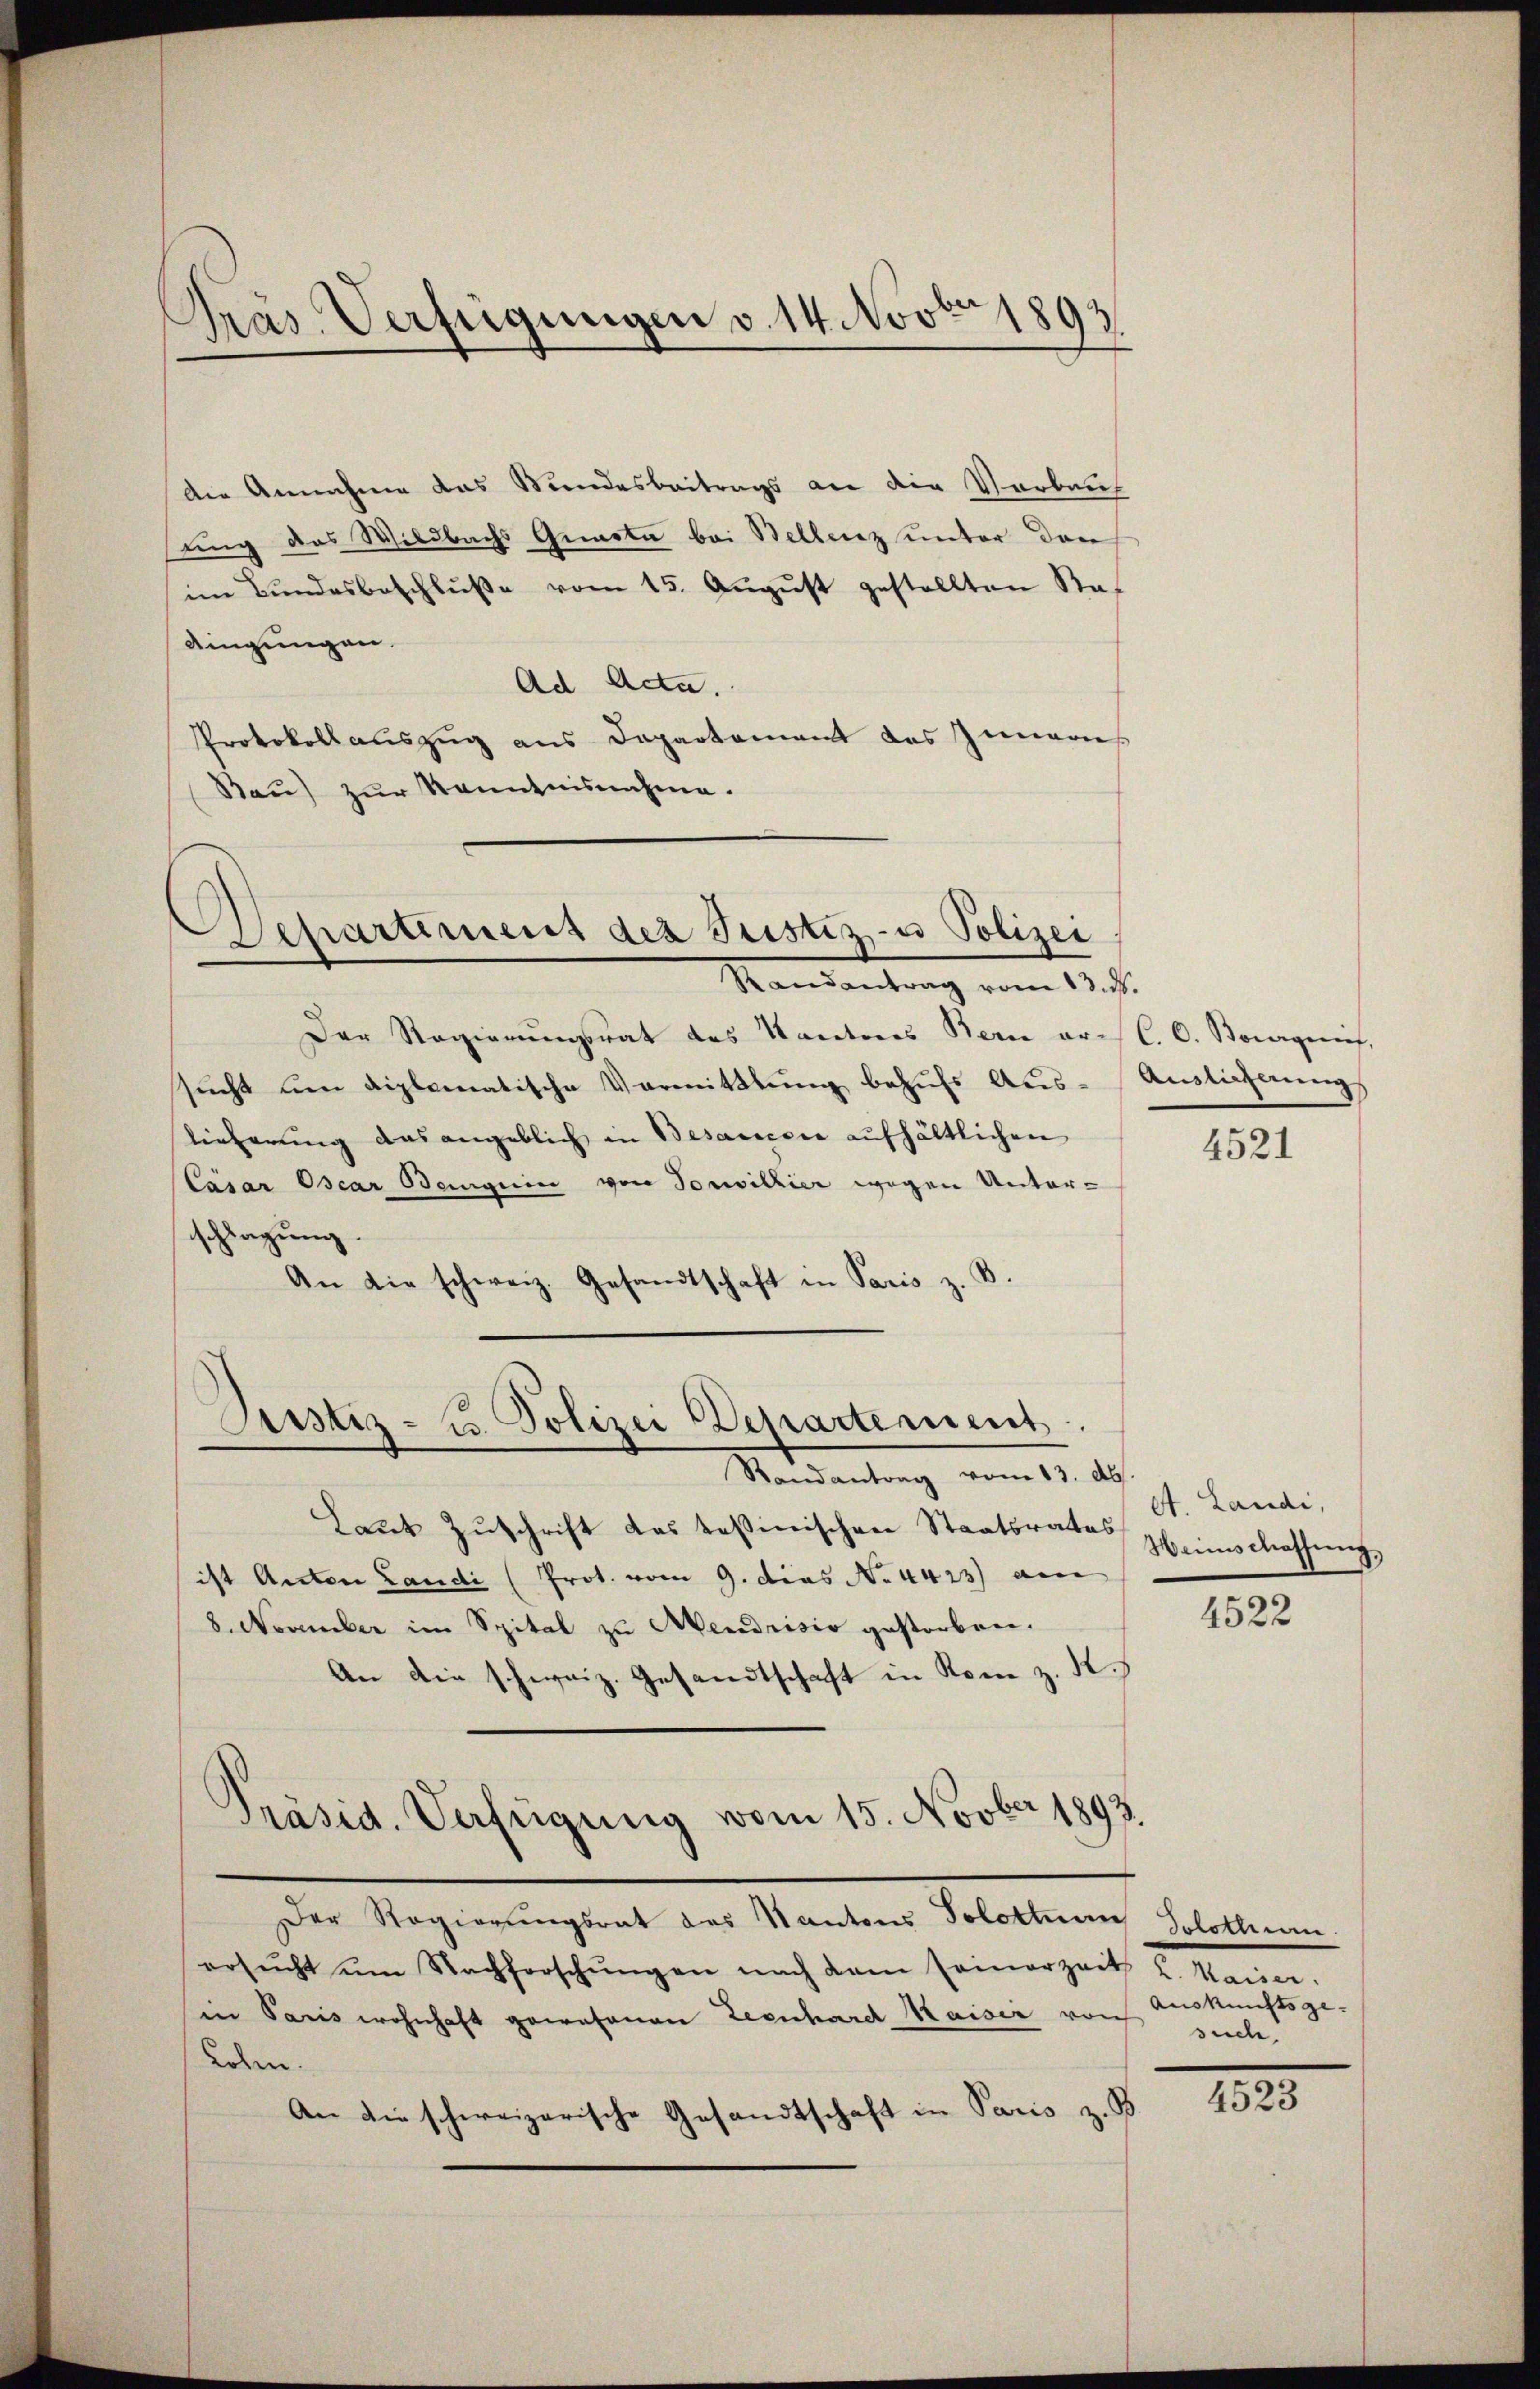
Gras Verfügungen v. 14. Nov. 1893

die Annahme das Mundesbeitrags an die Verbaus
ting des Wildbachs Gemata bei Bellenz unter den
im Bŭndesbeschlŭβe vom 15. Aŭgŭst gestellten Stat
dingungen.
Ad Acta.
Protokollauszug aus Departement des Immaries
Bau) zur Kenntnisnahme.

Departement des Justiz- u Polizei
Randantrag vom 13. d.

Der Regierungsrat des Kantones Bern ar- l. C. Stanagerief,
sucht um diplomatische Vermittlung behufs Aus¬
Tieferung das angeblich in Besaccore aufhältlichen
Cäsar Oscar Beguin von Souvillier wegen Unter-
schlagung
An die schweiz. Gesandtschaft in Paris z. B.

Justiz- u. Polizei Departement.

Präsid. Verfügung vom 15. Novber 1893.

Austigerung

Randantrag vom 13. Abs.
Laŭt Zŭschrift das tessinischen Staatsrates Heimschlassŭng,
ist Anton Landi (Prot. vom 9. dies No. 4423) am
8. November im Spital zu Mendrisio gestorben.
An die schweiz. Gesandtschaft in Rom z. R.
Der Regierungsrat des Kantons Solothurn, Solothurn.
ersŭcht ŭm Nachforschŭngen nach dem seinerzeit u. Marie
in Paris wohnhaft gewesenen Leonhard Kaiser vor siche
aden.
An die schweizerische Gesandtschaft in Paris z. B.

4521

A. Landi,

4522

Auskunftsge-

4523